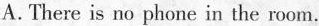
A.There is no phone in the room.